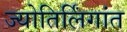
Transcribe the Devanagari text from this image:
ज्योतिर्लिंगांत